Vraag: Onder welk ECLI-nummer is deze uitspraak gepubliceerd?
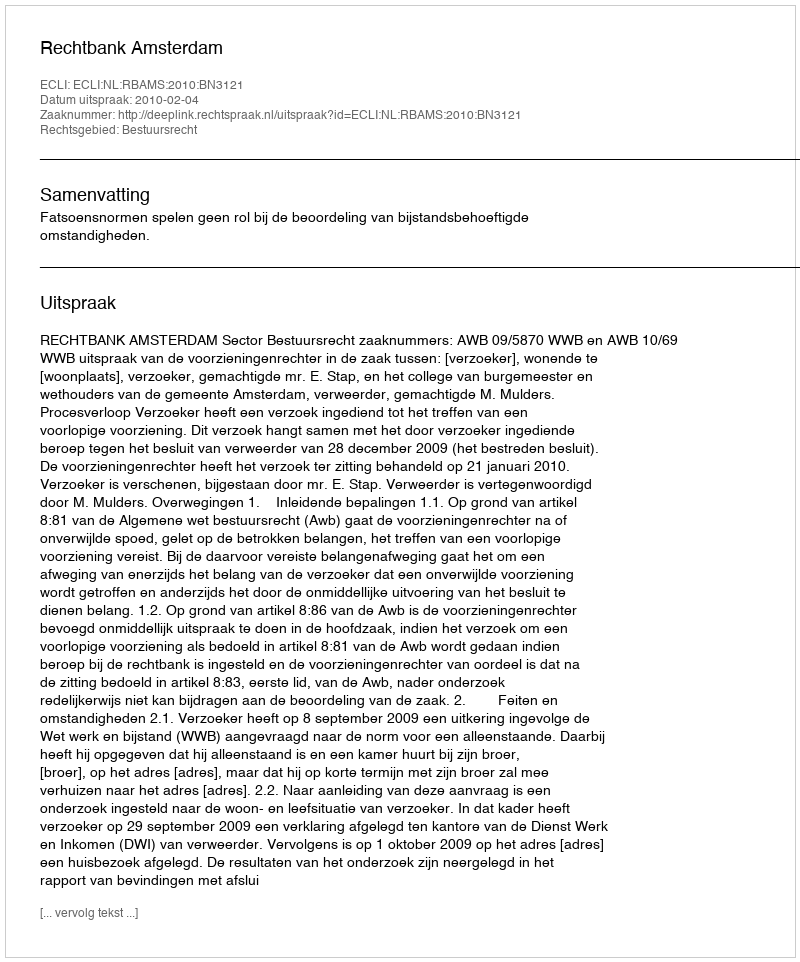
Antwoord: ECLI:NL:RBAMS:2010:BN3121